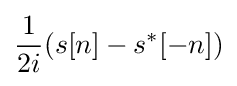
{\frac {1}{2i}}(s[n]-s^{*}[-n])